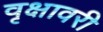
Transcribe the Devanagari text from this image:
वृक्षावरी